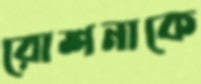
রোশনাকে